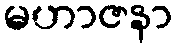
မဟာဇနာ